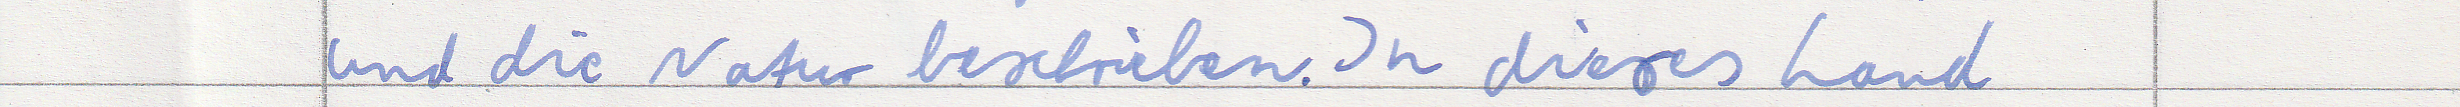
und die Natur beschrieben. In dieses Land